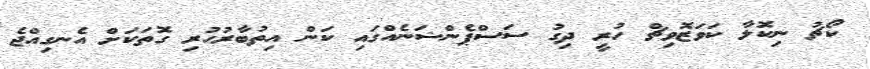
ކޯޗު ނިކޮލާ ކަވަޒޮވިޗް ހުރީ ދިގު ސަސްޕެންޝަނެއްގައި ކަން އިތުބާރުހުރި ގޮތަކަށް އެނގިއްޖެ